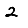
Digit: 2